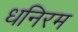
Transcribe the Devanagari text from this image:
धनिरम